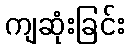
ကျဆုံးခြင်း